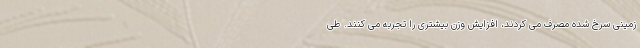
زمینی سرخ شده مصرف می کردند، افزایش وزن بیشتری را تجربه می کنند. طی